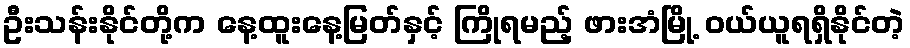
ဦးသန်းနိုင်တို့က နေ့ထူးနေ့မြတ်နှင့် ကြိုရမည့် ဖားအံမြို့ ဝယ်ယူရရှိနိုင်တဲ့